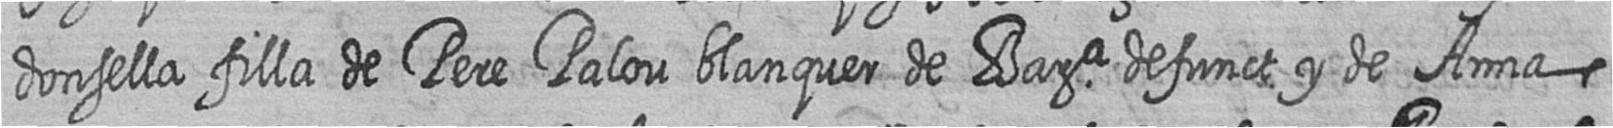
donsella filla de Pere Palou blanquer de Bara defunct y de Anna